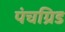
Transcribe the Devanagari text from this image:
पंचग्रिड